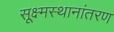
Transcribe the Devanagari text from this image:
सूक्ष्मस्थानांतरण